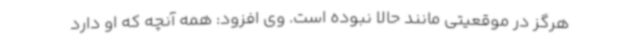
هرگز در موقعیتی مانند حالا نبوده است. وی افزود: همه آنچه که او دارد